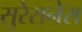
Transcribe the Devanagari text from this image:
सुरेसनेस